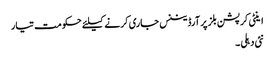
اینٹی کرپشن بلز پر آرڈیننس جاری کرنے کیلئے حکومت تیار
نئی دہلی ۔